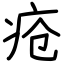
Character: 疮